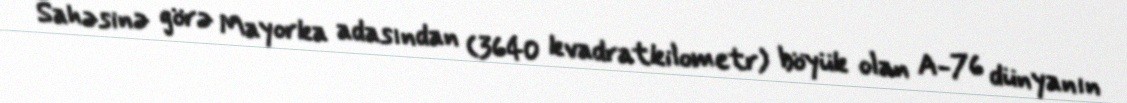
Sahəsinə görə Mayorka adasından (3640 kvadratkilometr) böyük olan A-76 dünyanın